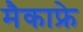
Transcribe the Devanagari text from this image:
मैकाफ्रे